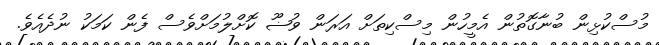
މުސްކުޅިން ބުނާގޮތުން އެމީހުން މިސްކިތަށް އަރަން ވުޟޫ ކޮށްލުމަށްވެސް ފެން ކަމަކު ނުދެއެވެ.